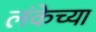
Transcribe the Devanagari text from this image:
लंकेच्या